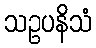
သဥပနိသံ